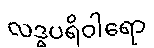
လဒ္ဓပရိဝါရော